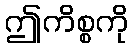
ဤကိစ္စကို